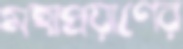
মহাপ্রয়াণের